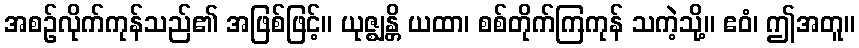
အစဉ်လိုက်ကုန်သည်၏ အဖြစ်ဖြင့်။ ယုဇ္ဈန္တိ ယထာ၊ စစ်တိုက်ကြကုန် သကဲ့သို့။ ဧဝံ၊ ဤအတူ။